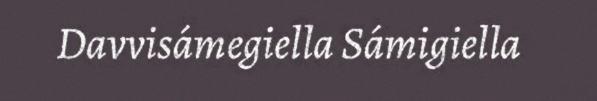
Davvisámegiella Sámigiella